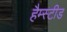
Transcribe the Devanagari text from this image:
हैम्स्टीड